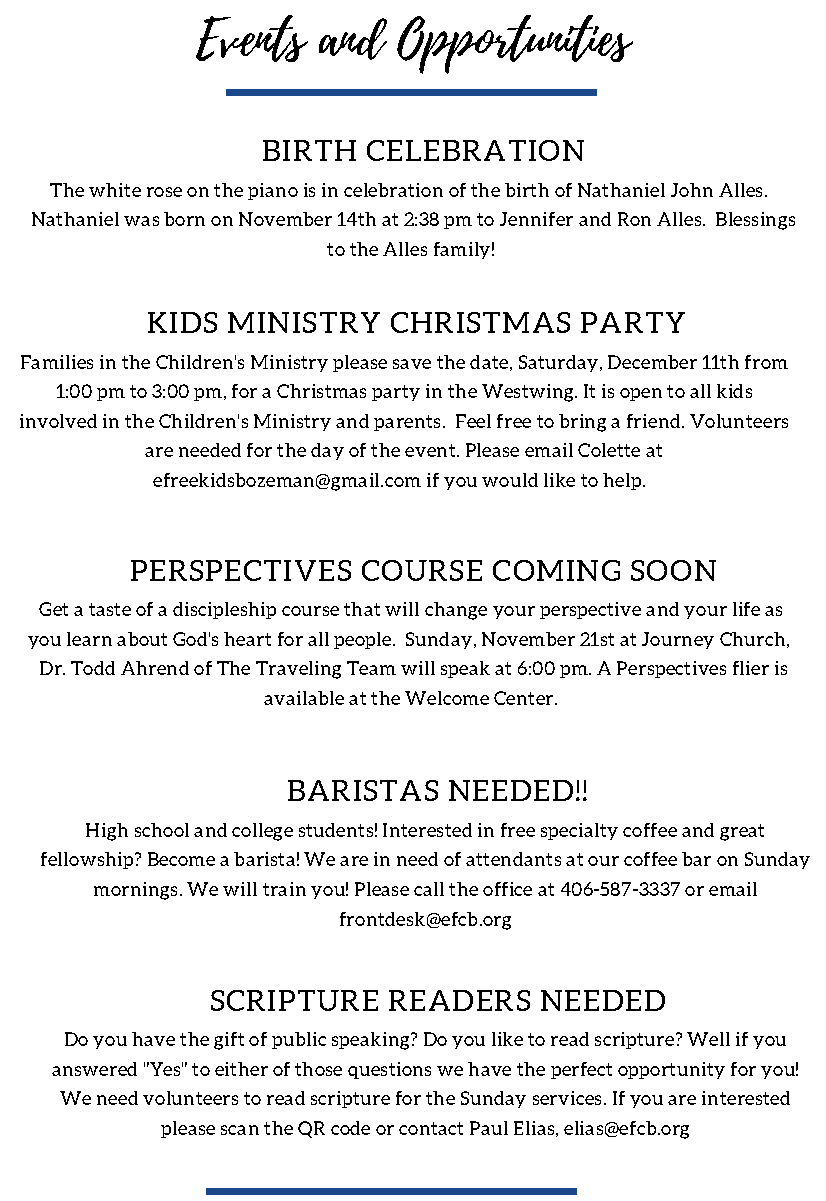
Events  and  Opportunities
 BIRTH  CELEBRATION
 The white rose on the piano is in celebration of the birth of Nathaniel John Alles.
 Nathaniel was born on November 14th at 2:38 pm to Jennifer and Ron Alles. Blessings
 to the Alles family!
 KIDS MINISTRY   CHRISTMAS   PARTY
 Families in the Children's Ministry please save the date, Saturday, December 11th from
 1:00 pm to 3:00 pm, for a Christmas party in the Westwing. It is open to all kids
 involved in the Children's Ministry and parents. Feel free to bring a friend. Volunteers
 are needed for the day of the event. Please email Colette at
 efreekidsbozeman@gmail.com if you would like to help.
 PERSPECTIVES   COURSE   COMING   SOON
 Get a taste of a discipleship course that will change your perspective and your life as
 you learn about God's heart for all people. Sunday, November 21st at Journey Church,
 Dr. Todd Ahrend of The Traveling Team will speak at 6:00 pm. A Perspectives flier is
 available at the Welcome Center.
 BARISTAS   NEEDED!!
 High school and college students! Interested in free specialty coffee and great
 fellowship? Become a barista! We are in need of attendants at our coffee bar on Sunday
 mornings. We will train you! Please call the office at 406-587-3337 or email
 frontdesk@efcb.org
 SCRIPTURE   READERS   NEEDED
 Do you have the gift of public speaking? Do you like to read scripture? Well if you
 answered "Yes" to either of those questions we have the perfect opportunity for you!
 We need volunteers to read scripture for the Sunday services. If you are interested
 please scan the QR code or contact Paul Elias, elias@efcb.org